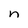
Character: n